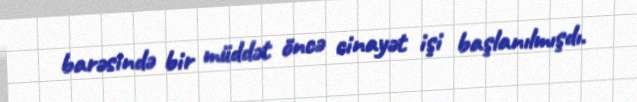
barəsində bir müddət öncə cinayət işi başlanılmışdı.